Annual statistical returns and brief notes on vaccination in Bengal - 1909-1929
Year: 1909
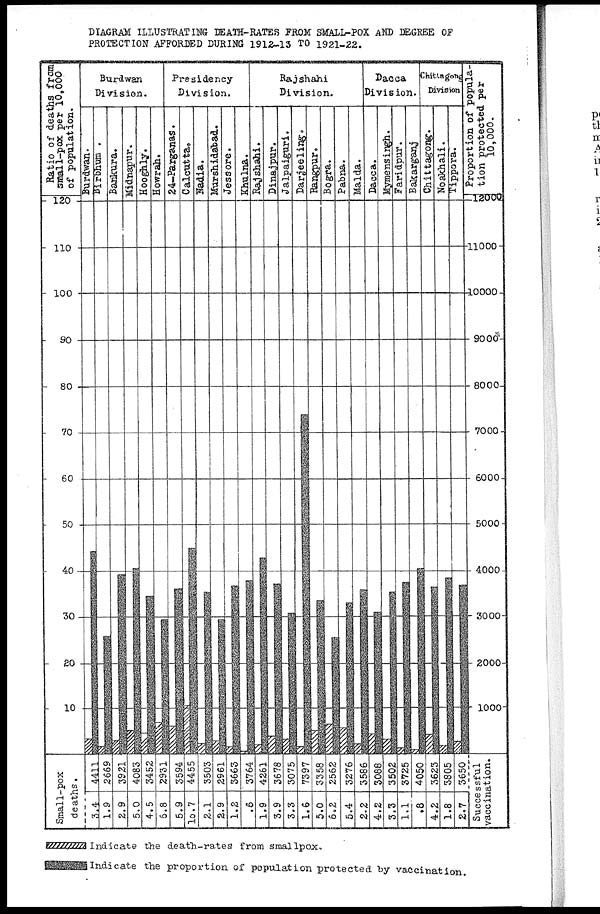
DIAGRAM ILLUSTRATING DEATH-RATES FROM SMALL-POX AND DEGREE OF
PROTECTION AFFORDED DURING 1912-13 TO 1921-22.